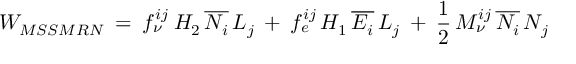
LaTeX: W _ { M S S M R N } \: = \: f _ { \nu } ^ { i j } \: H _ { 2 } \, \overline { { { N _ { i } } } } \, L _ { j } \: + \: f _ { e } ^ { i j } \, H _ { 1 } \, \overline { { { E _ { i } } } } \, L _ { j } \: + \: \frac { 1 } { 2 } \, M _ { \nu } ^ { i j } \, \overline { { { N _ { i } } } } \, N _ { j }